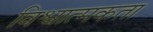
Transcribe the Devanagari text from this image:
विश्वात्मकता